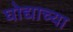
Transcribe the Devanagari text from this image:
घोद्याच्या